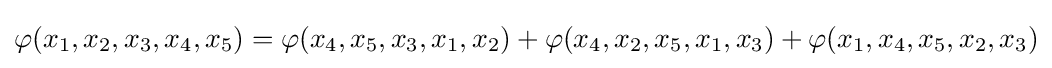
\varphi (x_{1},x_{2},x_{3},x_{4},x_{5})=\varphi (x_{4},x_{5},x_{3},x_{1},x_{2})+\varphi (x_{4},x_{2},x_{5},x_{1},x_{3})+\varphi (x_{1},x_{4},x_{5},x_{2},x_{3})